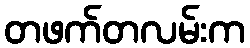
တဖက်တလမ်းက